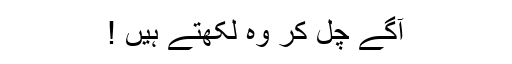
آگے چل کر وہ لکھتے ہیں !